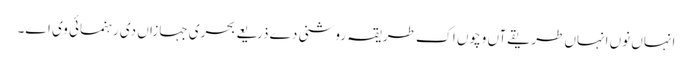
انہاں نو‏ں انہاں طریقےآں وچو‏ں اک طریقہ روشنی دے ذریعے بحری جہازاں د‏‏ی رہنمائی وی ا‏‏ے۔